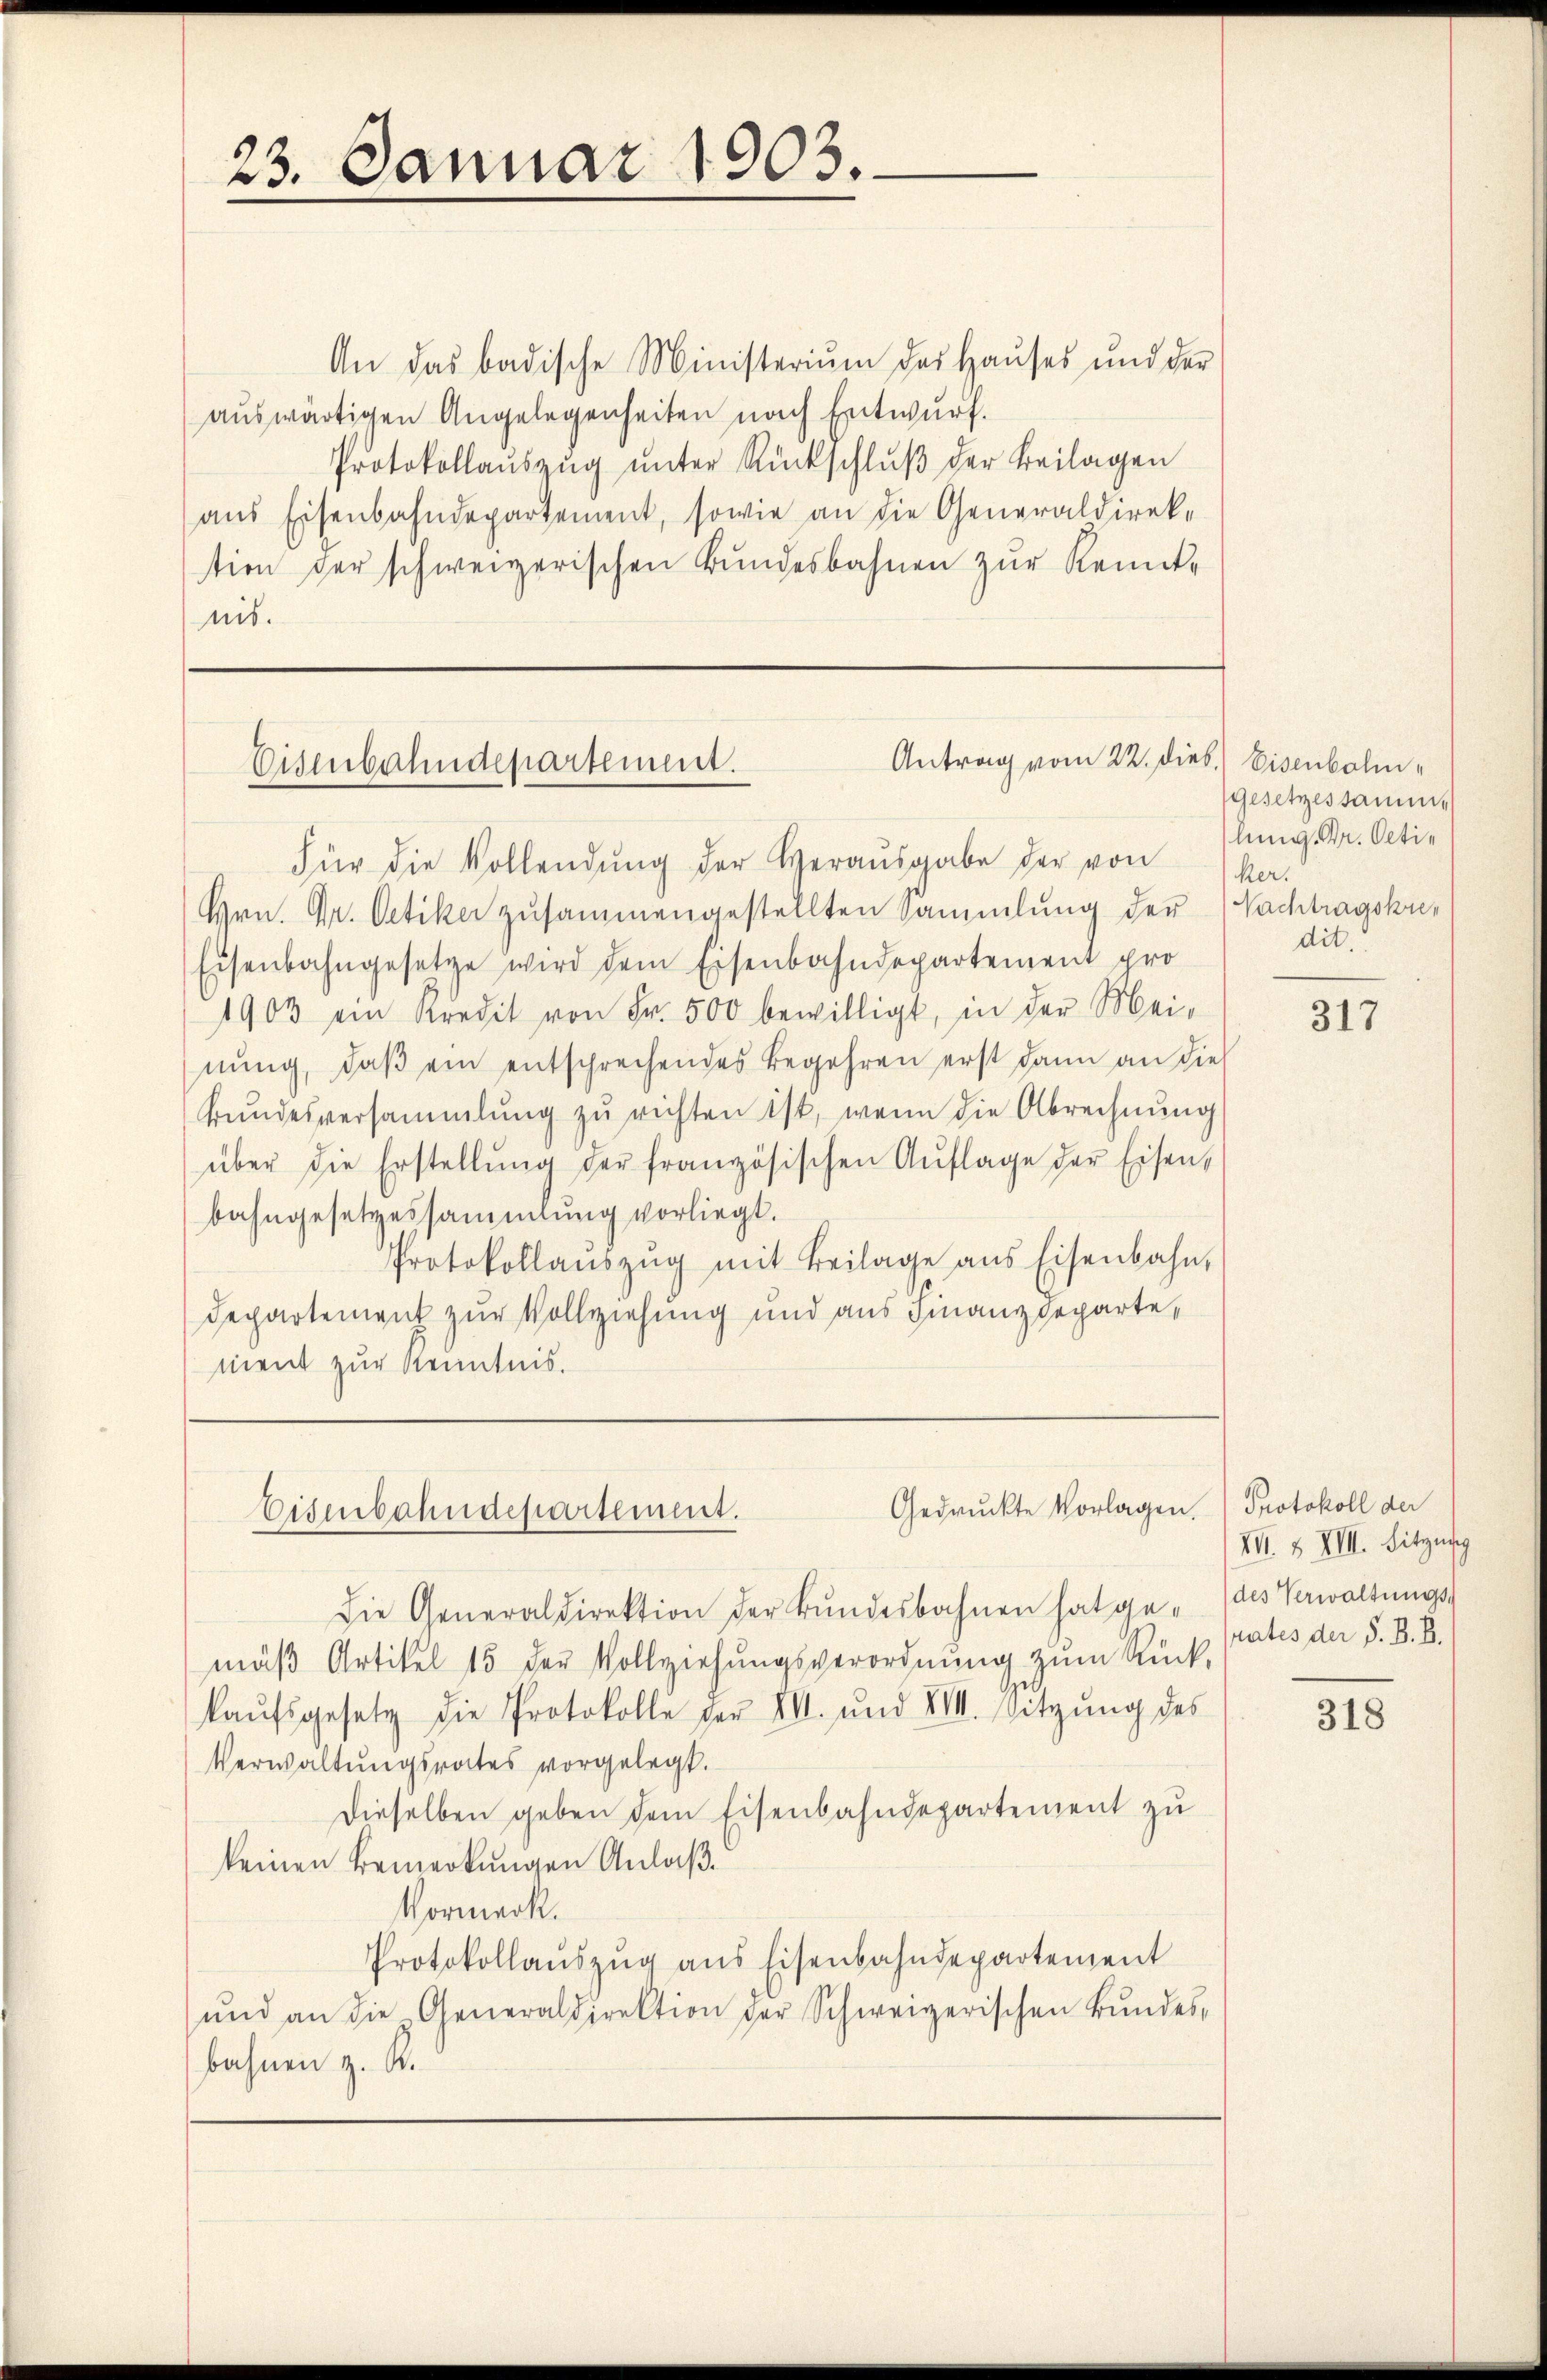
23. Januar 1903.

An das badische Ministerium des Haŭses und der
auswärtigen Angelegenheiten nach Entwurf.
Protokollaŭszŭg ŭnter Rückschlŭβ der Beilagen
aus Eisenbahndepartement, sowie an die Generaldirek-
tion der schweizerischen Bundesbahnen zur Kenntnis.

Antrag vom 22. Dieb. Eisenbolm¬
Eisenbahndepartement.

Für die Vollendŭng der Heraŭsgabe der von ka
Hrn. Gr. Oetiker zusammengestellten Sammlung der
Eisenbahngesetze wird dem Eisenbahndepartement pro
1903 ein Kredit von Fr. 500 bewilligt, in der Mei-
nŭng, daβ ein entsprechendes Begehren erst dann an die
Bundesversammlung zu richten ist, wenn die Abrechnung
über die Erstellŭng der französischen Aŭflage der Eisen,
bahngesetzessammlung vorliegt.
Protokollaŭszŭg mit Beilage ans Eisenbahn,
Departement zur Vollziehung und aus Finanzdeparte,
ment zur Kenntnis.

Gedruckte Vorlagen. Protokoll der
Eisenbahndepartement.

Die Generaldirektion der Bŭndesbahnen hat ge- des Verwaltungs-
mäβ Artikel 15 der Vollziehungsverordnung zum Rück-
kaŭfsgesetz die Protokolle der VII. und VIII. Sitzŭng des
Verwaltungsrates vorgelegt.
Dieselben geben dem Eisenbahndepartement zu
keinen Bemerkungen Anlaß.
Vormerk.
Protokollaŭszŭg ans Eisenbahndepartement
ŭnd an die Generaldirektion der Schweizerischen Bŭndes-
bahnen z. R.

gesetzessamme
lung. Dr. Oetin
Nachtragskren
dit.

317

VII. & XIII. Sitzung
rates der S. B. B.

318